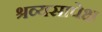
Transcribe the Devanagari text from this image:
श्रव्यसापेक्ष